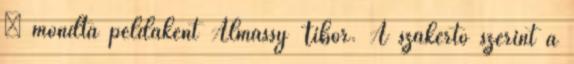
– mondta példaként Almássy Tibor. A szakértő szerint a